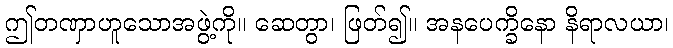
ဤတဏှာဟူသောအဖွဲ့ကို။ ဆေတွာ၊ ဖြတ်၍။ အနပေက္ခိနော နိရာလယာ၊